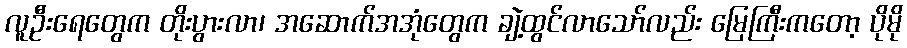
လူဦးရေတွေက တိုးပွားလာ၊ အဆောက်အအုံတွေက ချဲ့ထွင်လာသော်လည်း မြေကြီးကတော့ ပိုမို